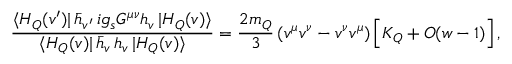
{ \frac { \langle H _ { Q } ( v ^ { \prime } ) | \, \bar { h } _ { v ^ { \prime } } \, i g _ { s } G ^ { \mu \nu } h _ { v } \, | H _ { Q } ( v ) \rangle } { \langle H _ { Q } ( v ) | \, \bar { h } _ { v } \, h _ { v } \, | H _ { Q } ( v ) \rangle } } = { \frac { 2 m _ { Q } } { 3 } } \, ( v ^ { \mu } v ^ { \nu } - v ^ { \nu } v ^ { \mu } ) \, \Big [ K _ { Q } + { \cal { O } } ( w - 1 ) \Big ] \, ,